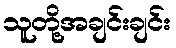
သူတို့အချင်းချင်း